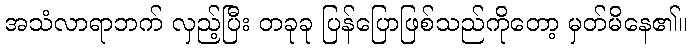
အသံလာရာဘက် လှည့်ပြီး တခုခု ပြန်ပြောဖြစ်သည်ကိုတော့ မှတ်မိနေ၏။